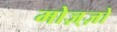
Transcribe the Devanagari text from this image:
मोज़्ज़ो